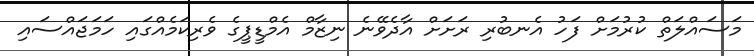
މަސައްލަތް ކުރުމަށް ފަހު އެނބުރި ރަށަށް އާދެވޭނެ ނިޒާމް އެމްޑީޕީގެ ވެރިކަމެއްގައި ހަމަޖައްސައި